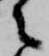
々